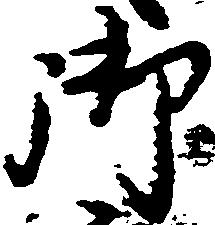
御